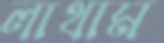
লাথাম